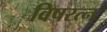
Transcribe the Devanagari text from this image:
विषरत्न